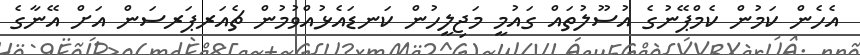
އެހެން ކަމުން ކެމްޕޭނުގެ އުސޫލުތައް ގައުމީ މަޖިލީހުން ކަނޑައެޅުއްވުމުން ޗެއަރޕަރސަން އަށް އޭނާގެ